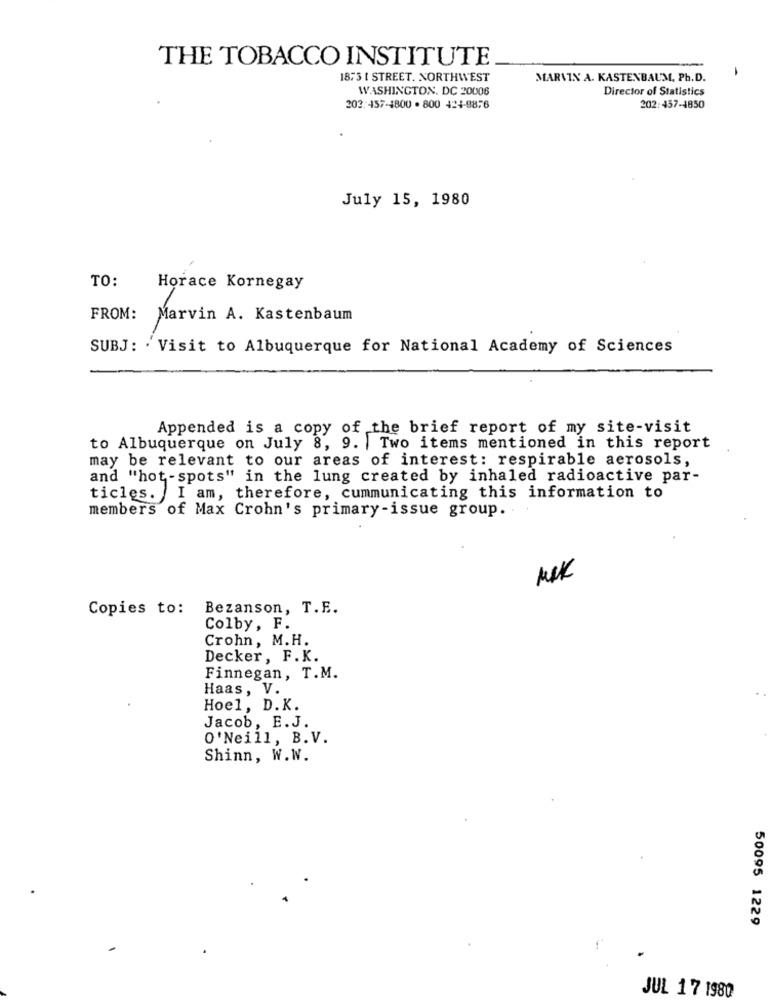
THE TOBACCO INSTITUTE
-
1875 1 STREET. NORTHWEST
MARVIN A. KASTENBAUM, Ph.D.
WASHINGTON, DC 20006
Director of Statistics
202:457-4800 . 800 424-9876
202:457-4850
July 15, 1980
TO:
Horace Kornegay
FROM: Marvin A. Kastenbaum
SUBJ: . Visit to Albuquerque for National Academy of Sciences
Appended is a copy of the brief report of my site-visit
to Albuquerque on July 8, 9. | Two items mentioned in this report
may be relevant to our areas of interest: respirable aerosols,
and "hot-spots" in the lung created by inhaled radioactive par-
ticles. I am, therefore, cummunicating this information to
members of Max Crohn's primary-issue group.
MIK
Copies to:
Bezanson, T.E.
Colby, F.
Crohn, M.H.
Decker, F.K.
Finnegan, T.M.
Haas, V.
Hoel, D.K.
Jacob, E. J.
O'Neill, B.V.
Shinn, W.W.
50095 1229
JUL 17 1980